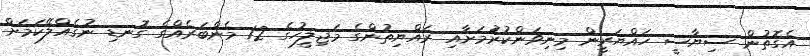
އެގޮތުން ސިޔާސީ ހައްޔަރީން މިނިވަންކުރުަމަށާއި ރައްޔިތުންގެ މަޖިލީހުގެ 12 މެންބަރެއްގެ ގޮނޑި ނުގެއްލޭކަމަށް